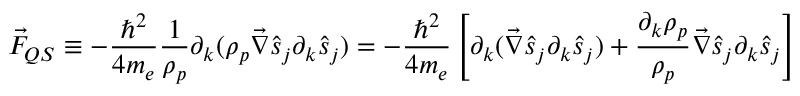
\vec { F } _ { Q S } \equiv - \frac { \hbar ^ { 2 } } { 4 m _ { e } } \frac { 1 } { \rho _ { p } } \partial _ { k } ( \rho _ { p } \vec { \nabla } \hat { s } _ { j } \partial _ { k } \hat { s } _ { j } ) = - \frac { \hbar ^ { 2 } } { 4 m _ { e } } \left[ \partial _ { k } ( \vec { \nabla } \hat { s } _ { j } \partial _ { k } \hat { s } _ { j } ) + \frac { \partial _ { k } \rho _ { p } } { \rho _ { p } } \vec { \nabla } \hat { s } _ { j } \partial _ { k } \hat { s } _ { j } \right]